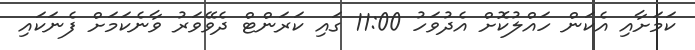
ކަމަށާއި އެކަން ހައްލުކޮށް އެދުވަހު 11:00 ގައި ކަރަންޓް ދެވޭވަރު ވާނެކަމަށް ފެނަކައި